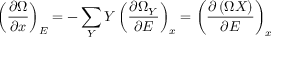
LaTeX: \left( { \frac { \partial \Omega } { \partial x } } \right) _ { E } = - \sum _ { Y } Y \left( { \frac { \partial \Omega _ { Y } } { \partial E } } \right) _ { x } = \left( { \frac { \partial \left( \Omega X \right) } { \partial E } } \right) _ { x }